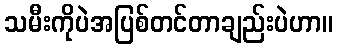
သမီးကိုပဲအပြစ်တင်တာချည်းပဲဟာ။